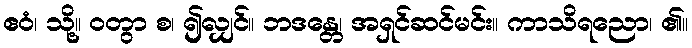
ဧဝံ၊ သို့။ ဝတွာ စ၊ ၍လျှင်။ ဘဒန္တေ၊ အရှင်ဆင်မင်း။ ကာသိရညော၊ ၏။